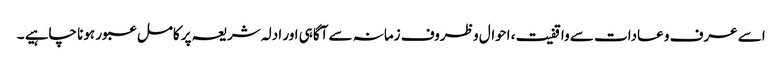
اسے عرف و عادات سے واقفیت، احوال و ظروف زمانہ سے آگاہی اور ادلہ شریعہ پر کامل عبور ہونا چاہیے ۔